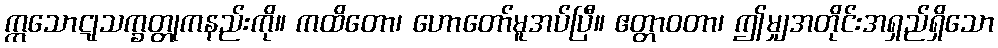
ဣသောဋုသက္ခတ္တုကနည်းကို။ ကထိတော၊ ဟောတော်မူအပ်ပြီ။ ဧတ္တာဝတာ၊ ဤမျှအတိုင်းအရှည်ရှိသော